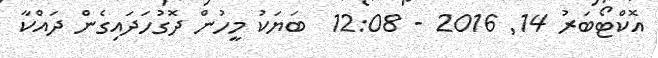
އޮކްޓޯބަރު 14